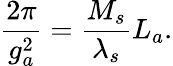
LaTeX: \frac{2\pi}{g_{a}^{2}}=\frac{M_{s}}{\lambda_{s}}L_{a}.